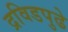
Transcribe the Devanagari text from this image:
द्रविडपुढे